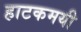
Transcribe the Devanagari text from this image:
हाटकमयी